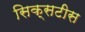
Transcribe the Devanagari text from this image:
सिक्सटीस